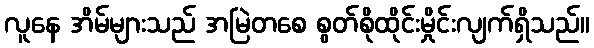
လူနေ အိမ်များသည် အမြဲတစေ စွတ်စိုထိုင်းမှိုင်းလျက်ရှိသည်။